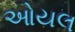
ઓયલ